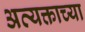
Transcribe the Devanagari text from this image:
अव्यक्ताच्या